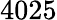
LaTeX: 4025